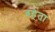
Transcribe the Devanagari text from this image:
बहेता